Annual administration report of the Civil Veterinary Department of India - 1899-1900
Year: 1899
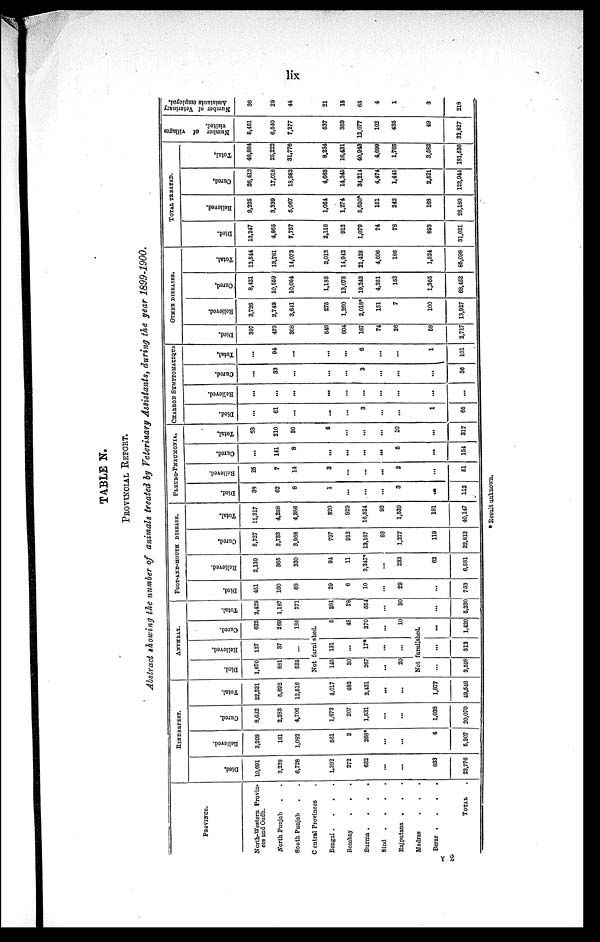
lix
TABLE N.
PROVINCIAL REPORT.
Abstract showing the number of animals treated by Veterinary Assistants, during the year 1899-1900.
PROVINCE.
North-Western Provin-
ces and Oudh.
North Punjab . .
South Punjab
. .
Central Provinces .
Bengal .
.
.
.
Bombay
.
.
Burma .
.
.
.
Sind
.
.
.
.
Rajputana . . .
Madras . . .
Berar .
.
.
.
TOTAL .
RINDERPEST.
Died.
10,691
3,228
6,728
1,392
272
632
...
...
833
23,776
Relieved.
3,208
181
1,082
661
3
268*
...
...
4
6,307
Cured.
8,632
2,283
4,706
1,673
207
1,631
...
...
1,038
20,070
Total.
22,531
6,692
12,616
4,017
482
2,431
...
...
1,877
49,646
ANTHRAX.
Died.
1,070
881
686
Relieved.
127
37
...
Cured.
632
269
1S6
Not furni shed.
145
30
267
...
20
131
...
17*
...
...
6
48
270
...
10
Not furnished.
...
3,598
...
312
...
1,420
Total.
2,429
1,187
771
281
78
554
...
80
...
6,330
FOOT-ANB-MOUTH DISEASE.
Died.
451
160
68
29
6
10
...
29
...
753
Relieved.
2,130
365
330
94
11
3,347*
...
233
62
6,581
Cured.
8,727
3,733
3,988
797
912
13,167
93
1,277
119
32,813
Total.
11,317
4,258
4,386
920
929
16,524
93
1,639
181
40,147
PLEURO-PNEUMONIA.
Died.
39
62
8
1
...
...
...
3
...
112
Relieved.
25
7
14
3
...
...
...
2
......
61
Cured.
...
141
8
...
......
...
......
6
......
154
Total.
63
210
80
4
...
...
...
10
...
317
CHARBON
SYMPTOMATIQUE
Died.
...
61
...
...
...
3
...
...
1
65
Relieved.
...
...
...
...
...
...
...
...
...
...
Cured.
...
33
...
...
...
3
...
...
...
36
Total.
...
94
...
...
...
6
...
...
1
101
OTHER DISEASES.
Died.
397
473
368
649
604
167
74
26
59
2,717
Relieved.
3,726
2,749
3,641
275
1,260
2,018*
151
7
100
13,927
Cured,
8,421
10,559
10,064
1,188
13,078
19,243
4,381
153
1,365
68,452
Total.
12,644
13,781
14,073
2,012
14,942
21,428
4,606
186
1,524
85,096
TOTAL TREATED.
Died.
13,247
4,865
7,757
2,116
912
1,079
74
78
893
31,021
Relieved.
9,225
3,339
5,067
1,064
1,274
6,650*
151
242
168
26,180
Cured,
26,412
17,018
18,952
4,663
14,245
34,214
4,474
1,416
2,521
123,944
Total.
48,884
25,222
31,776
8,234
16,431
40,943
4,699
1,765
3,682
181,636
Number
of villages
visited.
6,451
6,540
7,277
637
359
12,077
102
435
49
32,827
Number of Veterinary
Assistants employed.
36
29
44
21
15
65
4
1
3
218
* Result unknown.